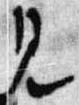
見